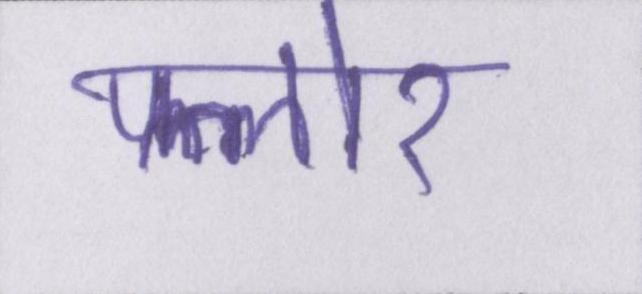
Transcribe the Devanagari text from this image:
फ्लोर